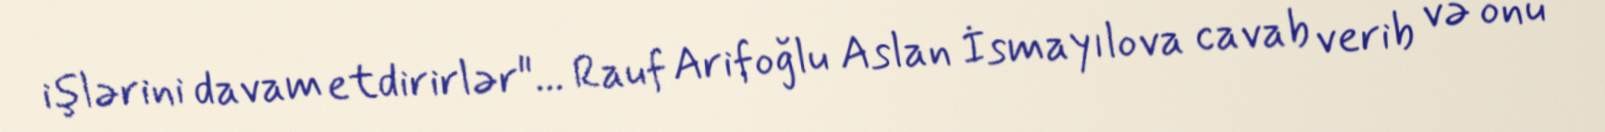
işlərini davam etdirirlər"... Rauf Arifoğlu Aslan İsmayılova cavab verib və onu